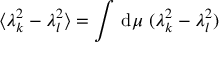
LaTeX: \langle \lambda _ { k } ^ { 2 } - \lambda _ { l } ^ { 2 } \rangle = \int \, \mathrm { d } \mu \, \, ( \lambda _ { k } ^ { 2 } - \lambda _ { l } ^ { 2 } )